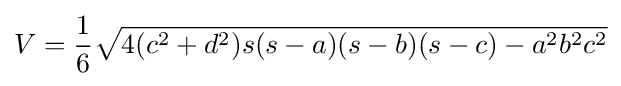
V={\frac {1}{6}}{\sqrt {4(c^{2}+d^{2})s(s-a)(s-b)(s-c)-a^{2}b^{2}c^{2}}}